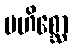
မဟိစ္ဆော